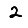
Digit: 2